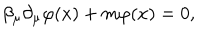
LaTeX: \beta _ { \mu } \partial _ { \mu } \varphi ( x ) + m \varphi ( x ) = 0 ,